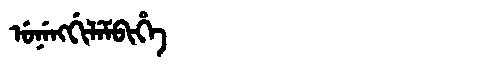
Manchu: ᡠᠨᡝᠩᡤᡳᠯᡝᠮᠪᡳᡥᡝ
Romanization: UNENGGILEMBIHE